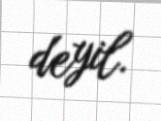
deyil.